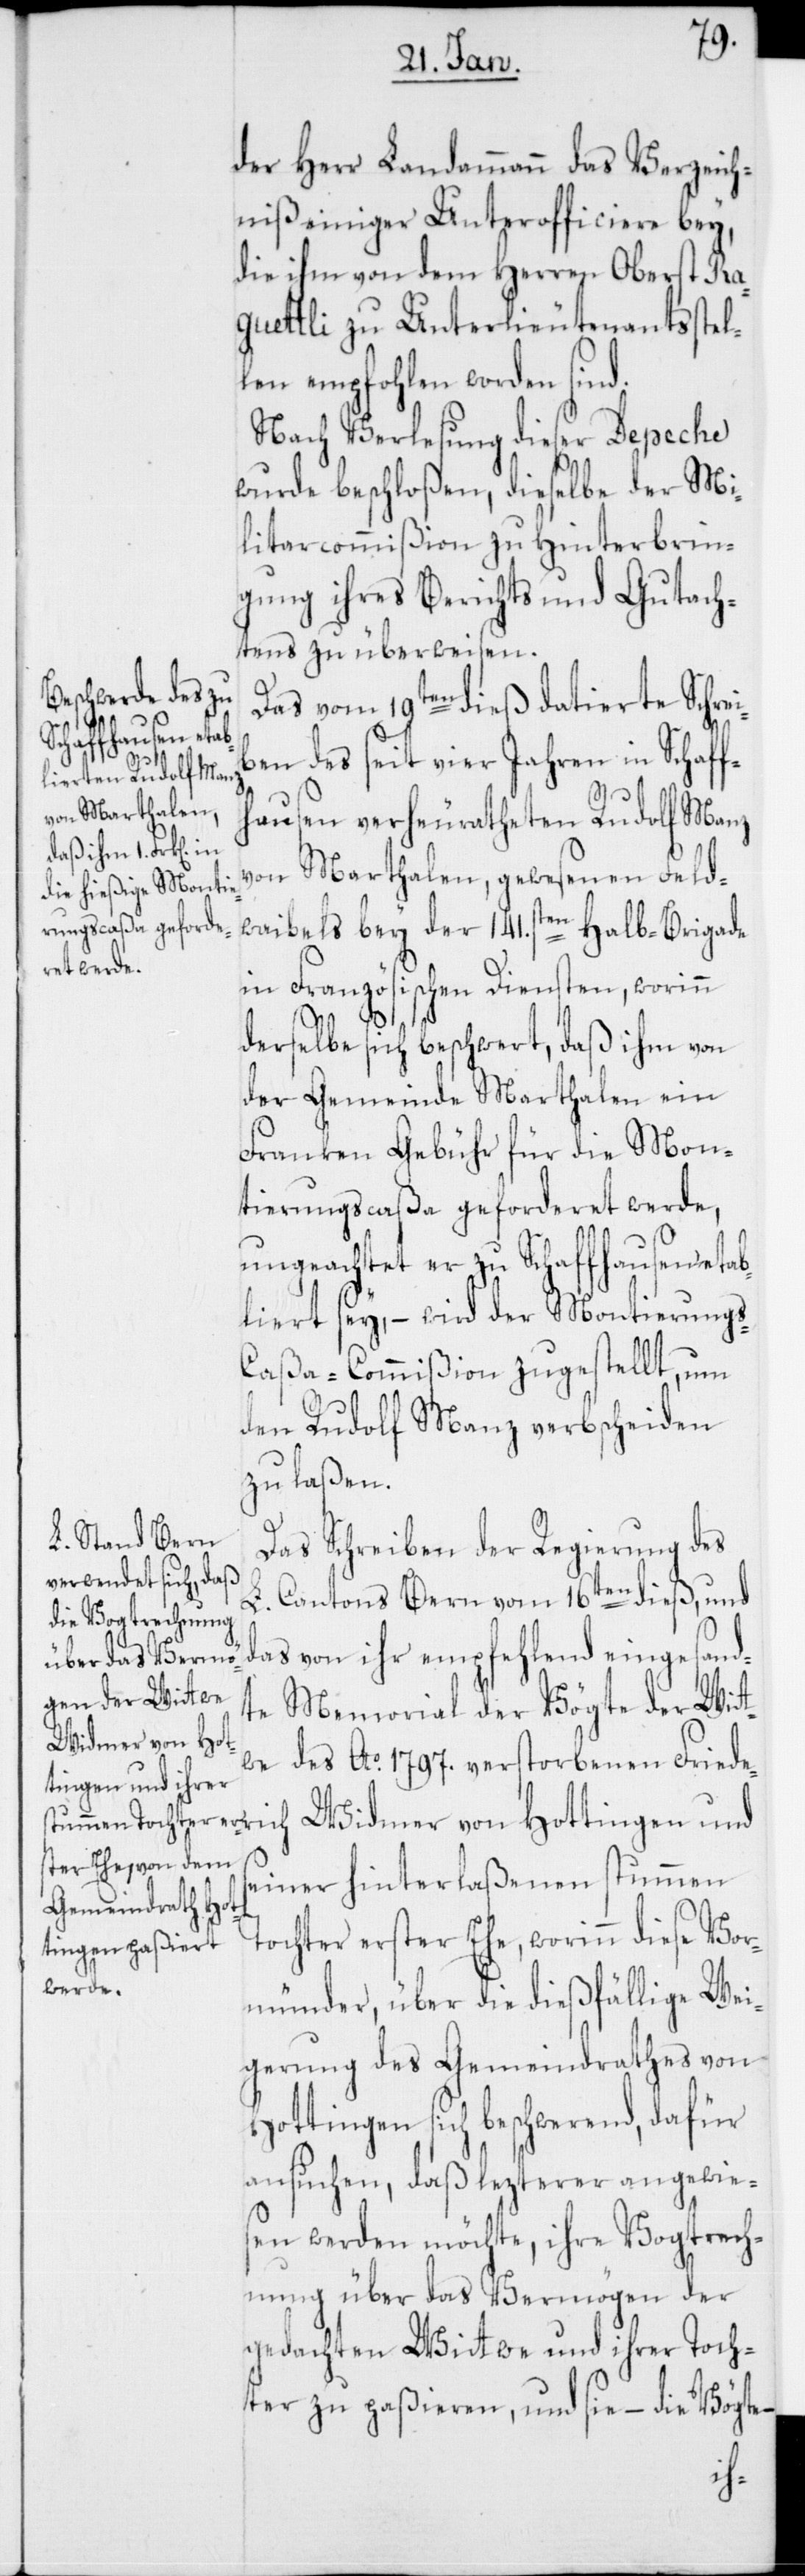
der Herr Landammann das Verzeich¬
niß einiger Unterofficiere bey,
die ihm von dem Herren Oberst Ra¬
guettli zu Unterlieutenantsstel¬
len empfohlen worden sind.
Nach Verlesung dieser Depeche
wurde beschloßen, dieselbe der Mi¬
litarcommißion zu Hinterbrin¬
gung ihres Berichts und Gutach¬
tens zu überweisen.
Das vom 19ten dieß datierte Schrei¬
ben des seit vier Jahren in Schaff¬
hausen verheuratheten Rudolf Manz
von Marthalen, gewesenen Feld¬
waibels bey der 141sten Halb-Brigade
in Französischen Diensten, worinn
derselbe sich beschwert, daß ihm von
der Gemeinde Marthalen ein
Franken Gebühr für die Mon¬
tierungscaßa gefordert werde,
ungeachtet er zu Schaffhausen etab¬
liert sey, – wird der Montierung¬
s-Caßa-Commißion zugestellt, um
den Rudolf Manz verbscheiden
zu laßen.
Das Schreiben der Regierung des
L. Cantons Bern vom 16ten dieß, und
das von ihr empfehlend eingesand¬
te Memorial der Vögte der Wit¬
Widmer von Hot¬
we des Ao 1797. verstorbenen Friede¬
tingen und se¬
iner hinterlaßenen stummen
Tochter erster Ehe, worinn diese Vor¬
münder, über die dießfällige Wei¬
gerung des Gemeindrathes von
Hottingen, sich beschwerend, dafür
ansuchen, daß lezterer angewie¬
sen werden möchte, ihre Vogtrech¬
nung über das Vermögen der
gedachten Witwe und ihrer Toch¬
ter zu paßieren, und sie – die Vögte
rich